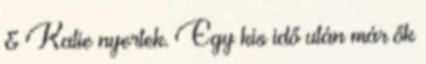
& Katie nyertek. Egy kis idő után már ők